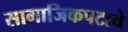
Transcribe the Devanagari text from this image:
सामाजिकपटाचे